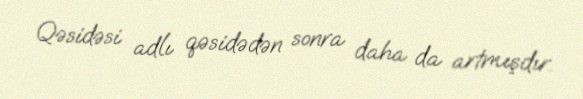
Qəsidəsi adlı qəsidədən sonra daha da artmışdır.